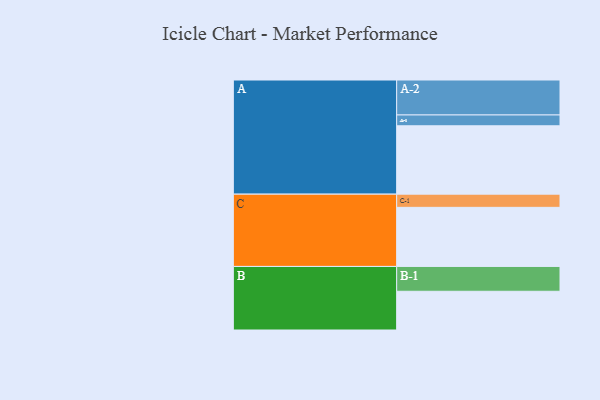
{"axis": {"x": "Segment", "y": "Value"}, "legend": ["", "A", "B", "C"], "data": [{"x": "A", "y": 581, "type": ""}, {"x": "B", "y": 329, "type": ""}, {"x": "C", "y": 502, "type": ""}, {"x": "A-1", "y": 92, "type": "A"}, {"x": "A-2", "y": 297, "type": "A"}, {"x": "B-1", "y": 211, "type": "B"}, {"x": "C-1", "y": 112, "type": "C"}]}